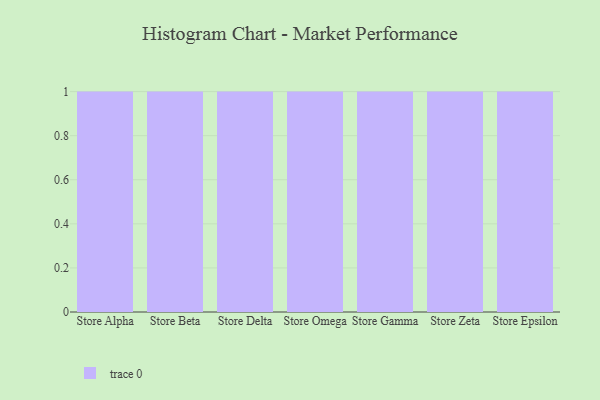
{"axis": {"x": "Store", "y": "Satisfaction Score"}, "legend": [""], "data": [{"x": "Store Alpha", "y": 52, "type": ""}, {"x": "Store Beta", "y": 43, "type": ""}, {"x": "Store Delta", "y": 50, "type": ""}, {"x": "Store Omega", "y": 39, "type": ""}, {"x": "Store Gamma", "y": 10, "type": ""}, {"x": "Store Zeta", "y": 51, "type": ""}, {"x": "Store Epsilon", "y": 3, "type": ""}]}